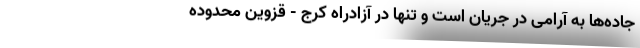
جاده‌ها به آرامی در جریان است و تنها در آزادراه کرج - قزوین محدوده